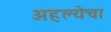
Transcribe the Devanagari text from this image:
अहल्येचा